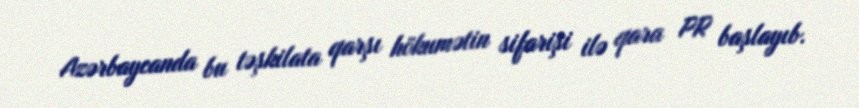
Azərbaycanda bu təşkilata qarşı hökumətin sifarişi ilə qara PR başlayıb.